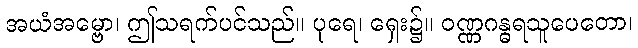
အယံအမ္ဗော၊ ဤသရက်ပင်သည်။ ပုရေ၊ ရှေး၌။ ဝဏ္ဏဂန္ဓရသူပေတော၊